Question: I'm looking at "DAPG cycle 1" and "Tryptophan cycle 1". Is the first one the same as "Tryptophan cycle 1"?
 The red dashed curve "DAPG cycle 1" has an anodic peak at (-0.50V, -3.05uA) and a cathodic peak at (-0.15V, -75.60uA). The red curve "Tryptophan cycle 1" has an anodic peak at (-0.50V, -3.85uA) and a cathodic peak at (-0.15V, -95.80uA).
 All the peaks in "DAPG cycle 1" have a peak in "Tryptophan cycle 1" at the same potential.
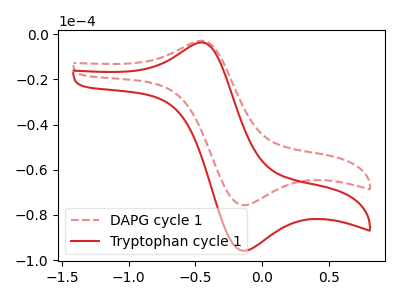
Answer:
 <answer>"DAPG cycle 1" and "Tryptophan cycle 1" are similar in shape.</answer>
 <eval>same_shape</eval>